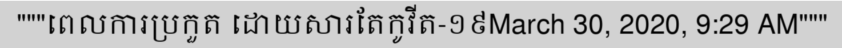
"""ពេលការប្រកួត ដោយសារតែកូវីត-១៩March 30, 2020, 9:29 AM"""